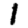
Digit: 1